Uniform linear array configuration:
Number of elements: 12
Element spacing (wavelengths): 0.75
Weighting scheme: hann
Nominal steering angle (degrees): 30
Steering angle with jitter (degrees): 31.567
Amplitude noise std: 0.05
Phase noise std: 0.05

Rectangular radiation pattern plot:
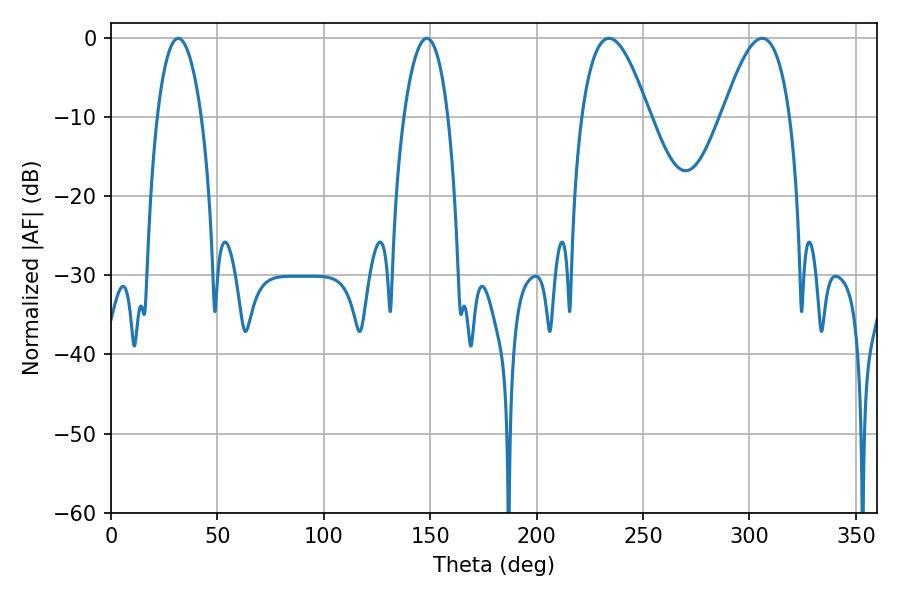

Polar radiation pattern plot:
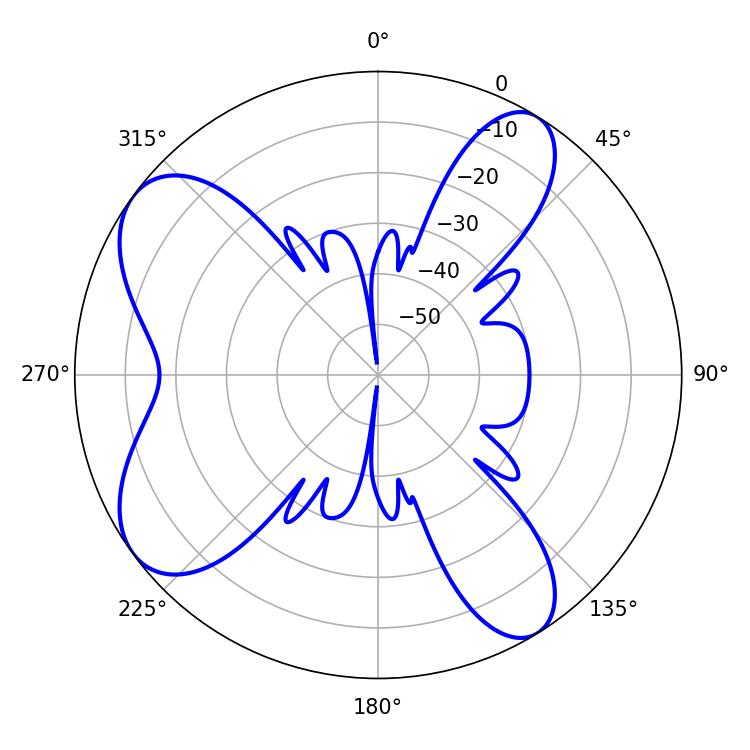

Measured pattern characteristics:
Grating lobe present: TRUE
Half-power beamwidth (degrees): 17.46
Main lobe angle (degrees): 234